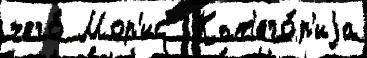
чего́ Мор'ис  Кат'его́р'иjа